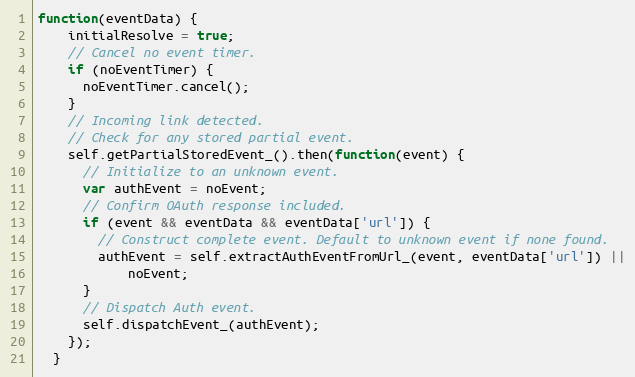
Language: JavaScript
function(eventData) {
    initialResolve = true;
    // Cancel no event timer.
    if (noEventTimer) {
      noEventTimer.cancel();
    }
    // Incoming link detected.
    // Check for any stored partial event.
    self.getPartialStoredEvent_().then(function(event) {
      // Initialize to an unknown event.
      var authEvent = noEvent;
      // Confirm OAuth response included.
      if (event && eventData && eventData['url']) {
        // Construct complete event. Default to unknown event if none found.
        authEvent = self.extractAuthEventFromUrl_(event, eventData['url']) ||
            noEvent;
      }
      // Dispatch Auth event.
      self.dispatchEvent_(authEvent);
    });
  }